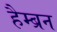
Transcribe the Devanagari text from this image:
हैम्ब्रन